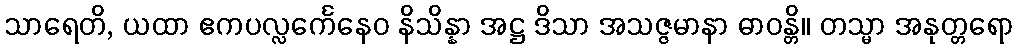
သာရေတိ, ယထာ ဧကပလ္လင်္ကေနေဝ နိသိန္နာ အဋ္ဌ ဒိသာ အသဇ္ဇမာနာ ဓာဝန္တိ။ တသ္မာ အနုတ္တရော